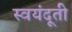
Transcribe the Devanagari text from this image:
स्वयंदूती